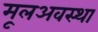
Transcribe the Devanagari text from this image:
मूलअवस्था